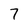
Character: 7